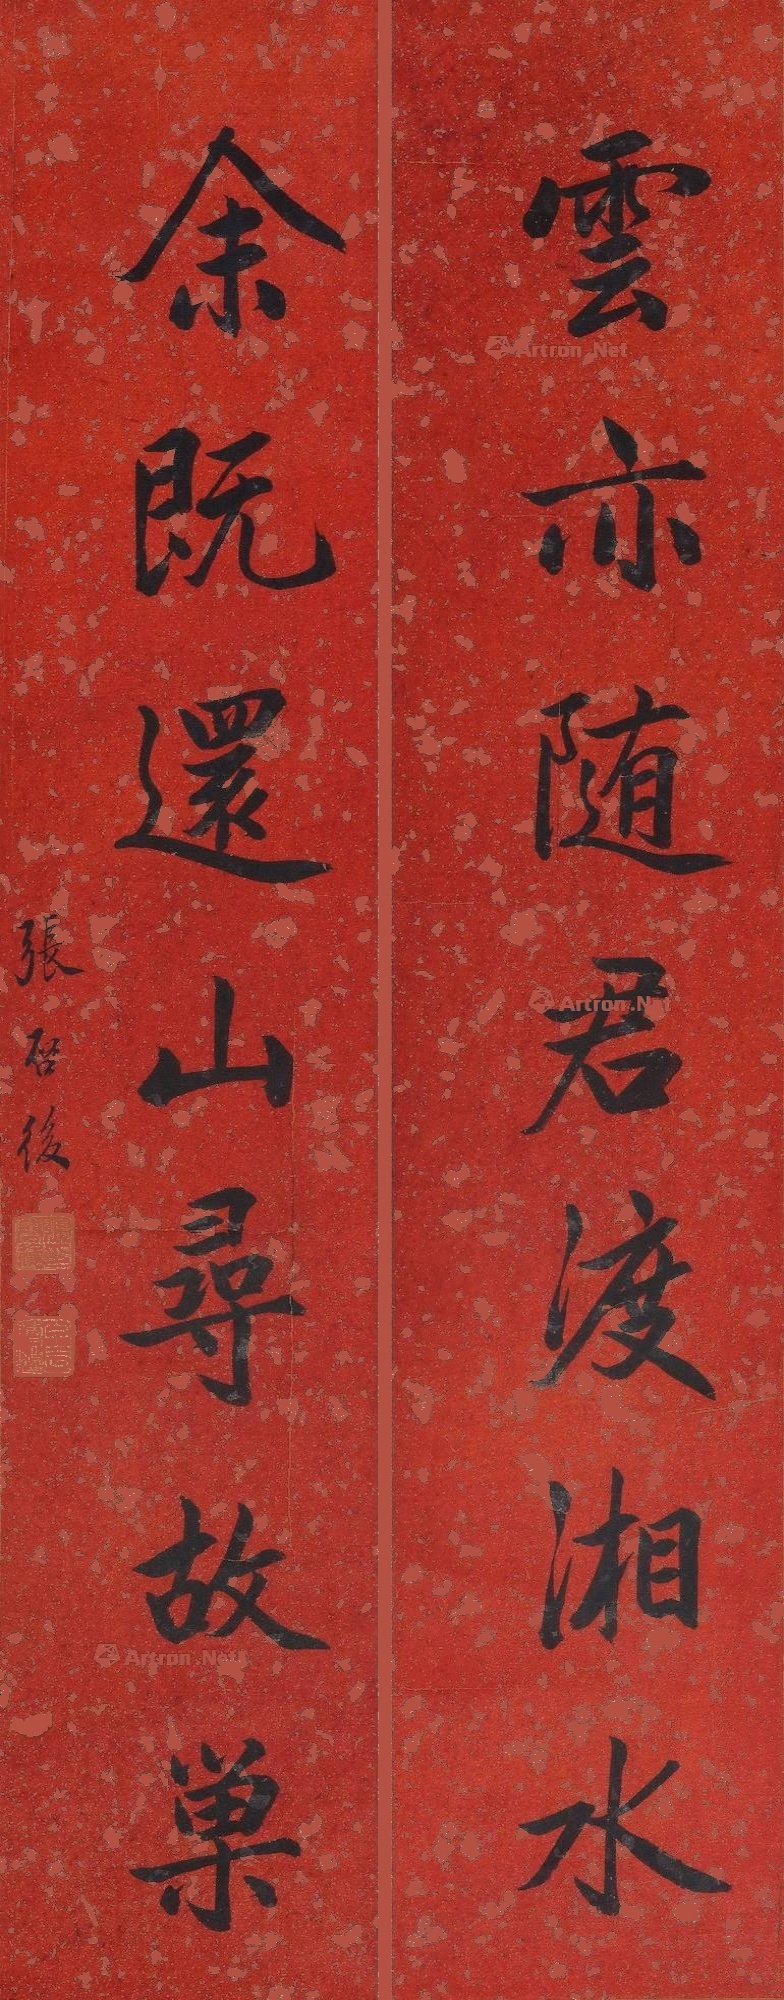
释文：云亦随君渡湘水，余既还山寻故巢。张启后。